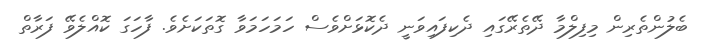
ބެލުންތެރިން މިފިލްމާ ދޭތެރޭގައި ދެކިފައިވަނީ ދެކޮޅަށްވެސް ހަމަހަމަވާ ގޮތަކަށެވެ. ފާހަގަ ކޮއްލެވޭ ފަރާތް